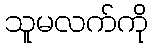
သူမလက်ကို